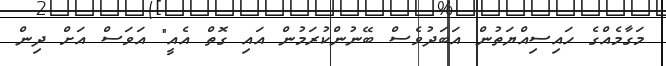
މަގާމެއްގެ ހައިސިއްޔަތުން އަބަދުވެސް ބޭނުންކުރަމުން އައި ގޮތް އެއީ" އަވަސް އަށް ދިން